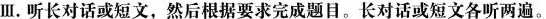
Ⅲ.听长对话或短文,然后根据要求完成题目.长对话或短文各听两遍.